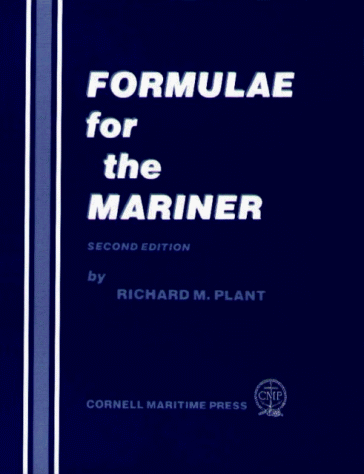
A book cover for Formulae for the Mariner; Richard Plant; Engineering & Transportation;